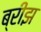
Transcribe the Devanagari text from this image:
ब्रीझ